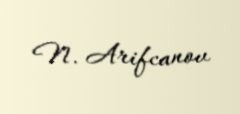
N. Arifcanov